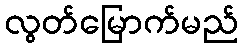
လွတ်မြောက်မည်